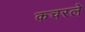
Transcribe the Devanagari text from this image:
कचरले